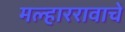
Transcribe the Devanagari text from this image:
मल्हाररावाचे